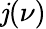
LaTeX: \mathit{j}(\nu)